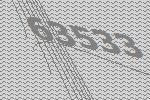
63533